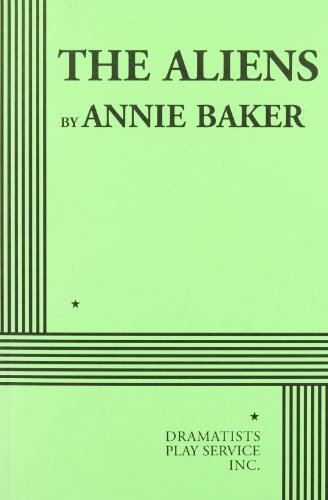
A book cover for The Aliens; Annie Baker; Humor & Entertainment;